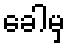
ခေါမှ